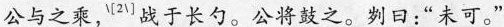
公与之乘，^{\\left[2 \\right]}战于长勺。公将鼓之。刿日：“未可。”